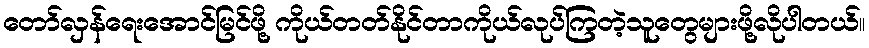
တော်လှန်ရေးအောင်မြင်ဖို့ ကိုယ်တတ်နိုင်တာကိုယ်လုပ်ကြတဲ့သူတွေများဖို့လိုပါတယ်။